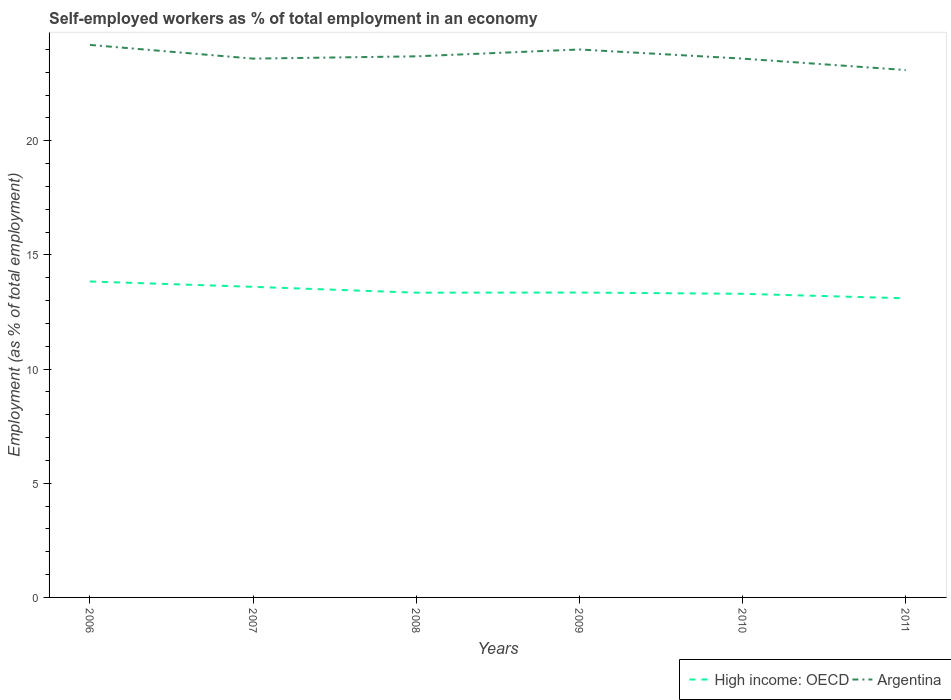
| Years | High income: OECD | Argentina |
 | --- | --- | --- |
 | 2006 | 13.8 | 24.2 |
 | 2007 | 13.6 | 23.6 |
 | 2008 | 13.3 | 23.7 |
 | 2009 | 13.4 | 24 |
 | 2010 | 13.3 | 23.6 |
 | 2011 | 13.1 | 23.1 |